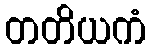
တတိယကံ